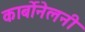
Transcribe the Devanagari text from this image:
कार्बोनेलनी